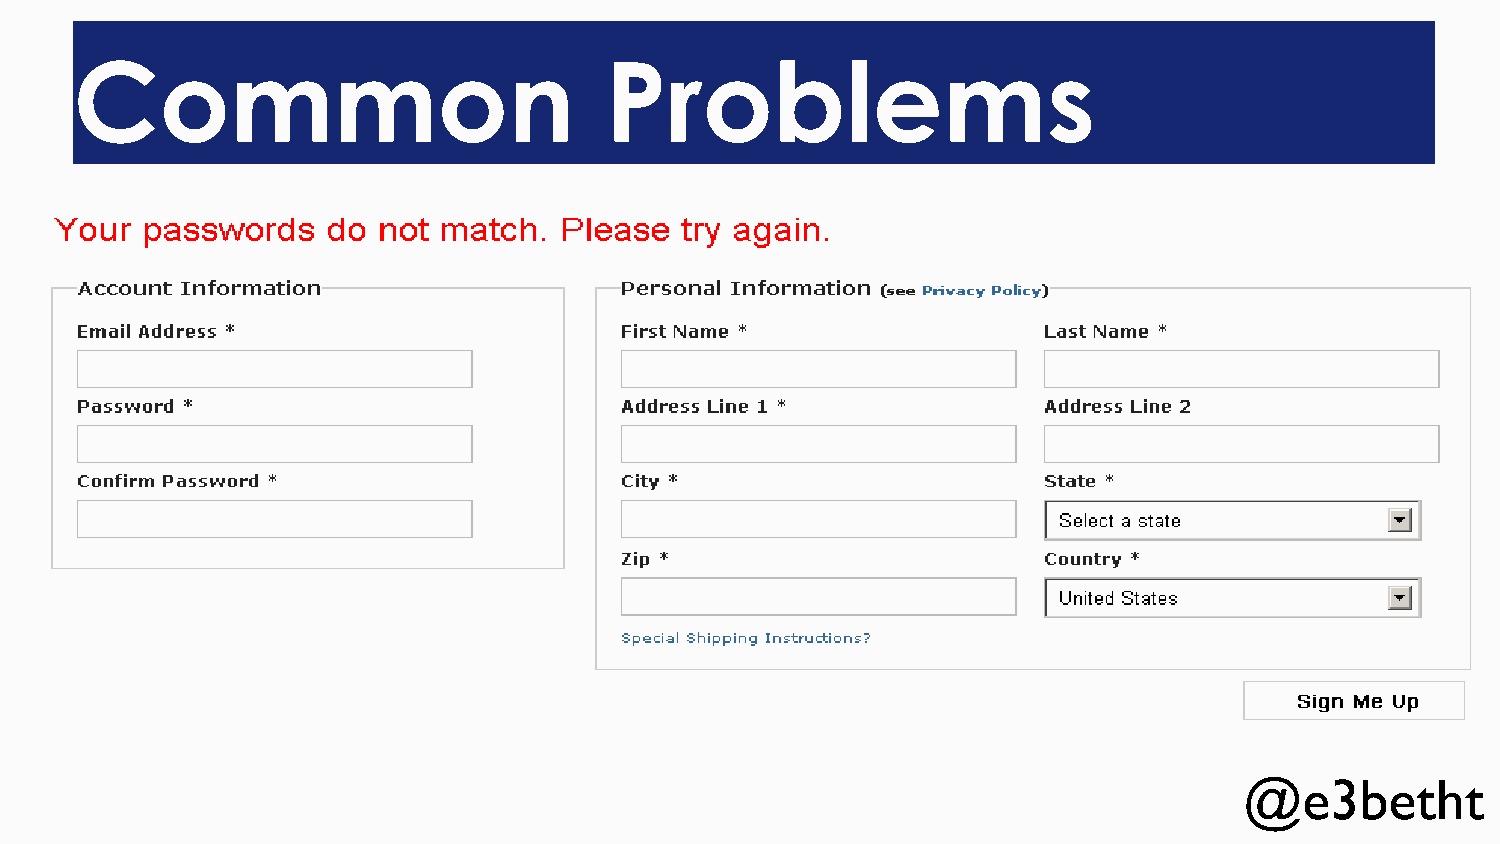
Common                             Problems
 @e3betht